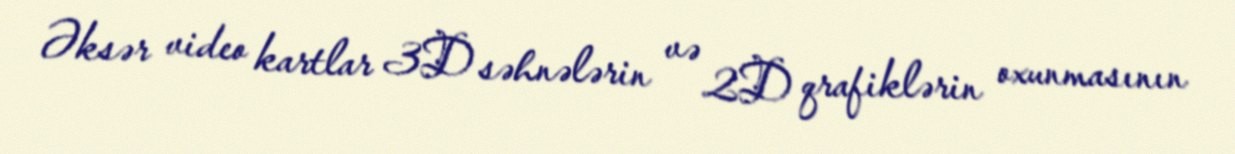
Əksər video kartlar 3D səhnələrin və 2D qrafiklərin oxunmasının